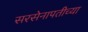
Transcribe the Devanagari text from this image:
सरसेनापतीच्या